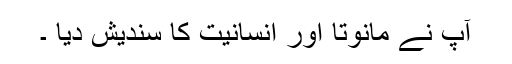
آپ نے مانوتا اور انسانیت کا سندیش دیا ۔